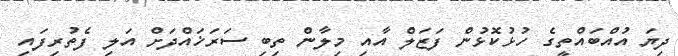
ދިޔަ އުއްބައްތީގެ ހުޅުކޮޅުން ފަޒަލް އާއި މިލާން ތިބި ސަރަޚައްދަށް އަލި ފެތުރިފައި